Tezpur Lunatic Asylum reports 1895-1904 - 1895-1904
Year: 1895
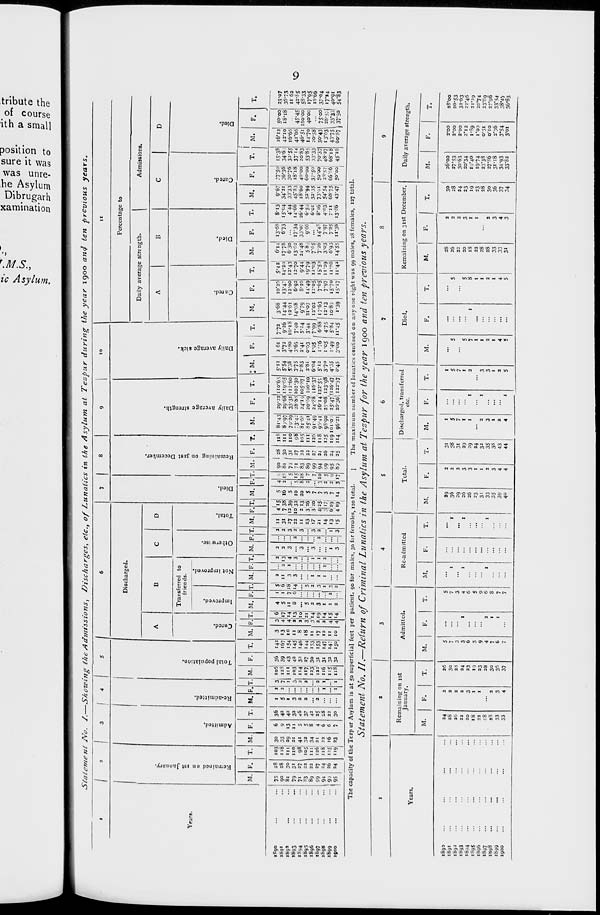
*d 7" Ot CO OC */; ct a or. en oo
0«£.*©*CO*C>C>Cve , 4D'0
0«0
' ' I ■ _■ "I 4- C) 1*1 — U
Years.
-
CO Co fe» M M M M M U N H
CO OJ UOCOM COO W C J4.
g
re
uj w c:.
3 3
I
01
u
4k Co tJ
« M OJ H » iJ U
"^
U OJ 'J) IJ 1) N |j |) |j 01 M
*»* 0> O CCCo o Co +» ao o
H
vi a^^vo ^i aoju^tn
2
>
3
p.
'.„."■."'
p
*v» v» COO^tA O* WOtA
H
: : :
: : :
j
:
n
p
p.
B
a
p.
*.
: : :
: ; : : :
H
^ Ol u u w u W IJ IJ U tt
OCUiU — Co ON OW© C7NO
s
H
p
O
XT
P
TO
(1 o.
P
3
P-
«.
4- 4- W H •• - U Oi i) u |j
J*1
■»■ -i' '-: '-i W io (J i j •..> (.-, (,j
4* CO Kin u4*00 « CC i-
H
4* h> M L0 U
M M Vl |J\ M
CTv
: : : : : : : :
15
W tt ** CO CO
to w vj m w
H
U4> M M M »•*«
in
s
a
re' p.
I
1
•a
: : ! : : : : : : :
JJJ
t/l 4> M U M H CCtn
til
H
W '.) '.) 1) 1) 11 H 11 IJ '1 11
MUU CQCOW »0 w 0>CC
2
Remaining on 31st December.
CO
IS
U -U Oi IJ
- H Oi I, u 11
UOIUU i J i3- IJ u W CO
4- vj C O X'J'C OJ4. COO
CO CO CO IJ N M M n ',J u ii
to 4* M vi CJ co o o o •** o\
COO M CO co vi 4* CO cf* l/i O
UO) CO?\«4> 0 4* 'JJOJ O
21
Daily average strength.
6" ut to M' co o -h ** 6 6 d
- 4- 0 O - - l — i .. Q O ^J
y
Cl U U M U U U U U N U
C" X'-J ■ i Li O M IJ t J oco
'j- ;-" en v
' ■' — J" i" 4- g in o
■...-.■■*- 9\vO +• o 9iUb) O
H
I
p
o
o
?
re
H
<^ ST
S I
5 3
K, p
<^ B
•
o
k
w
V, c
V. "8
>3~
n I'
g °
a ^
» a
^ P
tN 5
5i CO
0
a c
a
5*.
«V *t
t-)
**, 3S
»
•r*.
&H
<^ 0
E.
tbt
t-l
Vft
»^.
a
H
s^ rr
1?+.
s 3
P
<*
•^ ^ 3
s 3
^ 3 e
> 3
•^ re
,
3
"t 2
o S.
O o
_
3
\6-
S
to
3
O* OC^CJI-I'OI W •■ O
*OlOvO«5 COr.Mvj ocvo *J
ui . 4. C C U «■ C H O JI
u to tj to M to
4». C 4- -1 u u
U W M IJ IJ
-a M 0 CO co
iS<ii >-Wfc-Ot4D'- , M«0
00O>*-tn COO « 00CO
to — to IJ 0) ti 4^ tJ MDO)
Ol C- 11 - J. (J H H C O. U
^T O 0>4». COtn Cn M Co O O
«8 OO cn u *-J i- O) 4- 4* t*J
C" t J !■' 1 J O
: : ! H! II M U >"Ol w
« : M : i i : : : w w
N •
M » :
M to to - ^T W
COW
- tJ b H - O - U O
C> u OJ --I 4* J' M COCA
CO L) CO CO CO (0 Co 4» ■** Co OJ
to U U \C c
' -"I -i- -i- * <1 M 1
O - 1 -a co co 4*
4* 4* ui 04*
CM/i4» vi to
o N u«j » oecew ouw
■^ 4- w » - :. 1 u w -t- i- t->
4- u, 4- - 4- t; 0 CO 4t ^T CT>
»M ■- CO u 0, :
1/ "Ult
; u I : :
CW - -
MU -u> M u.
4» CCO\Ul
HMM
:
CO CO « u
: : - : i • • • « w :
M m M • W*uu
CO M : : co :
CO : W » M
: : : 0 :
Co -
+■ - vj to
OJ MCO 10 U
JIM
K^ys
4* QNC.J J>- Co Co to o 1 J --j 4^.
JJ W ■- to to fjMCOCOCO w~
o OJ-I yi_0 & OJ UO OC in
* VJOJVJNT Ln 0 0 en 0 M
C4 Kl ,0 W
u 00
104.
^ 0 «A O », M & -7. • „ ~ p
OCOCOO OGOGvo.«a
v '-» c 4. ; c o, — ^
CC
0
O
<itl° &£ ^ B £3 to &
« . 0
00 o\
^i 00 0
H So
* 4. 5 - CO •0 ocoo
JJ 10 to 10 to to to lo CO to 10
CTMni/i CT>4*. 04* CCCOOIO
to 4^ 6 ^ r/o o,
O^vj_c»4»._0CiO
IJ »J w ',j -o,9P
IJ c?\ co *i o» 0\ *n '■;
o' 4: o WJ Co «
Cc 4^ to w C> u ^CJlJjtntn
4>»to*or^ 6 CCCOvJtJtA N
UiUi o «-> 4- MUUI CX4- —
COH MM •- O IJ ,; 4- Oi 1,
04; d-j*^ o>.4> oVa.'** a
O O t/ifih^^ M(_,I o w M
♦^cn4>. 0^°?°?^ 0*O*
4* CC'^i £»*$ 4- to J* N » w
CO ON N
H O M ^1 »•> « \0# *t
oj co - a> 0 6 »j 0
MJ-W
C*i in *J »a IJ 4- CO CT IJ co o #
M»JO D04> wvO 04- u
•a o -J en t/t ^JP cj' u O ~' g>
M M Mtnro«oO u to 4- tn
w 0\*0 U Crt^O 4* O IP O M .
4~ Ch to •-» vl tn ■ .
C/i *4D O IJ O CC 4W 6^ CO vl M*
U1 Co Co OMno. OC to O CCJ>
O O Co
"vT ov
0--I 4>
Co CO
to -1 4* coo\ao>4i.4>«ACo
4- CT^Cn*JCOt/i M4>OJCO
to OC4k. to M tJ CCWW4-.0
4I -^ viz to »0 cf CO CO* M* C7\
sioi4* M in 4> Q to to M VJJ
in o 10 in Co CTv4>. MOJD'J
OI O j; O ^ * O O CO O CT>vi
O o" 'JI Q tn 6 6 M vj (^j o'i
O O-J O OQ Q COCftChQ
4k 0-4. vjioin wO»Coco M
in CC oc O to Co O vr i ■ 4- '' i
M"M MLOCO COCO—'in c\0)
o\ coyy "-2 Co 'JI Co 4^ m
CN4-. MWIOMO^^MJUM
O w w O OJ- OMOMO 0\
cr. vj cs 4* tn v» in c>C*i« M*
VJ u» co lojx o N q a o H
4k o4-
O O '-*»
CO^O M O C \0 CO cn C7)vi o
U. « 4- 4- C7.cn to in U Co v*
*T1
**!
•fl
•fl
13
Remained on ist January.
Admitted.
Readmitted.
Total population.
Cured.
Improved,
Not improved,
H
N
3
n re
a
ere
v. —
1
s
is
I'
c, -
Co
cs
Otherwise.
Total.
Died.
Remaining on 31st December.
Daily average strength.
Daily average sick.
Cured.
"1
Died,
Cured.
Died.
w
n
a
p
P
UP
P
Oq
re
>
3
to
to
^-
to
Ok
vj
V
S
s
a
a.
s
t^
vD
O
0
CO
8
1
o
K
to
-I
n